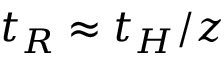
t _ { R } \approx t _ { H } / z